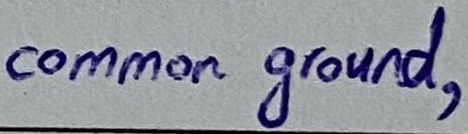
Text: common ground,